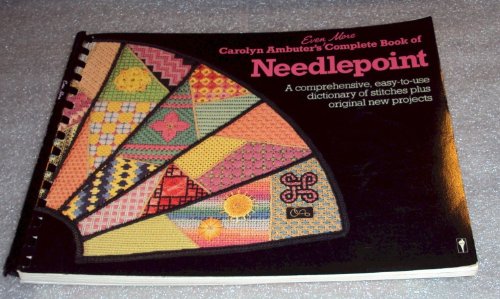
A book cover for Carolyn Ambuter's Even More Complete Book of Needlepoint; Carolyn Ambuter; Crafts, Hobbies & Home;